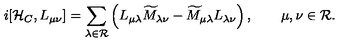
i [ { \cal H } _ { C } , L _ { \mu \nu } ] = \sum _ { \lambda \in { \cal R } } \left( L _ { \mu \lambda } \widetilde { M } _ { \lambda \nu } - \widetilde { M } _ { \mu \lambda } L _ { \lambda \nu } \right) , \qquad \mu , \nu \in { \cal R } .